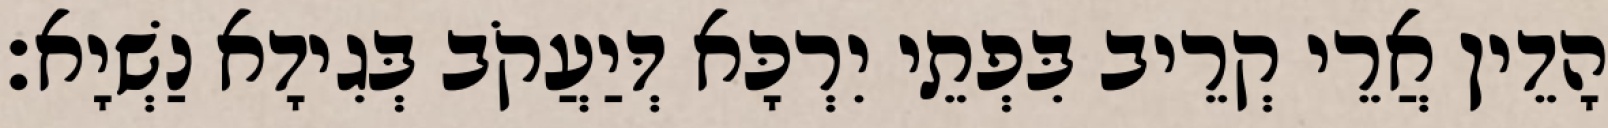
הָדֵין אֲרֵי קְרֵיב בִּפְתֵי יִרְכָּא דְּיַעֲקֹב בְּגִידָא נַשְׁיָא׃